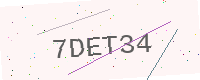
Text: 7DET34